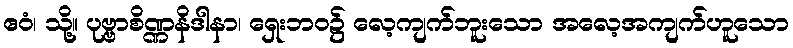
ဧဝံ၊ သို့။ ပုဗ္ဗာစိဏ္ဏနိဒါနာ၊ ရှေးဘဝ၌ လေ့ကျက်ဘူးသော အလေ့အကျက်ဟူသော